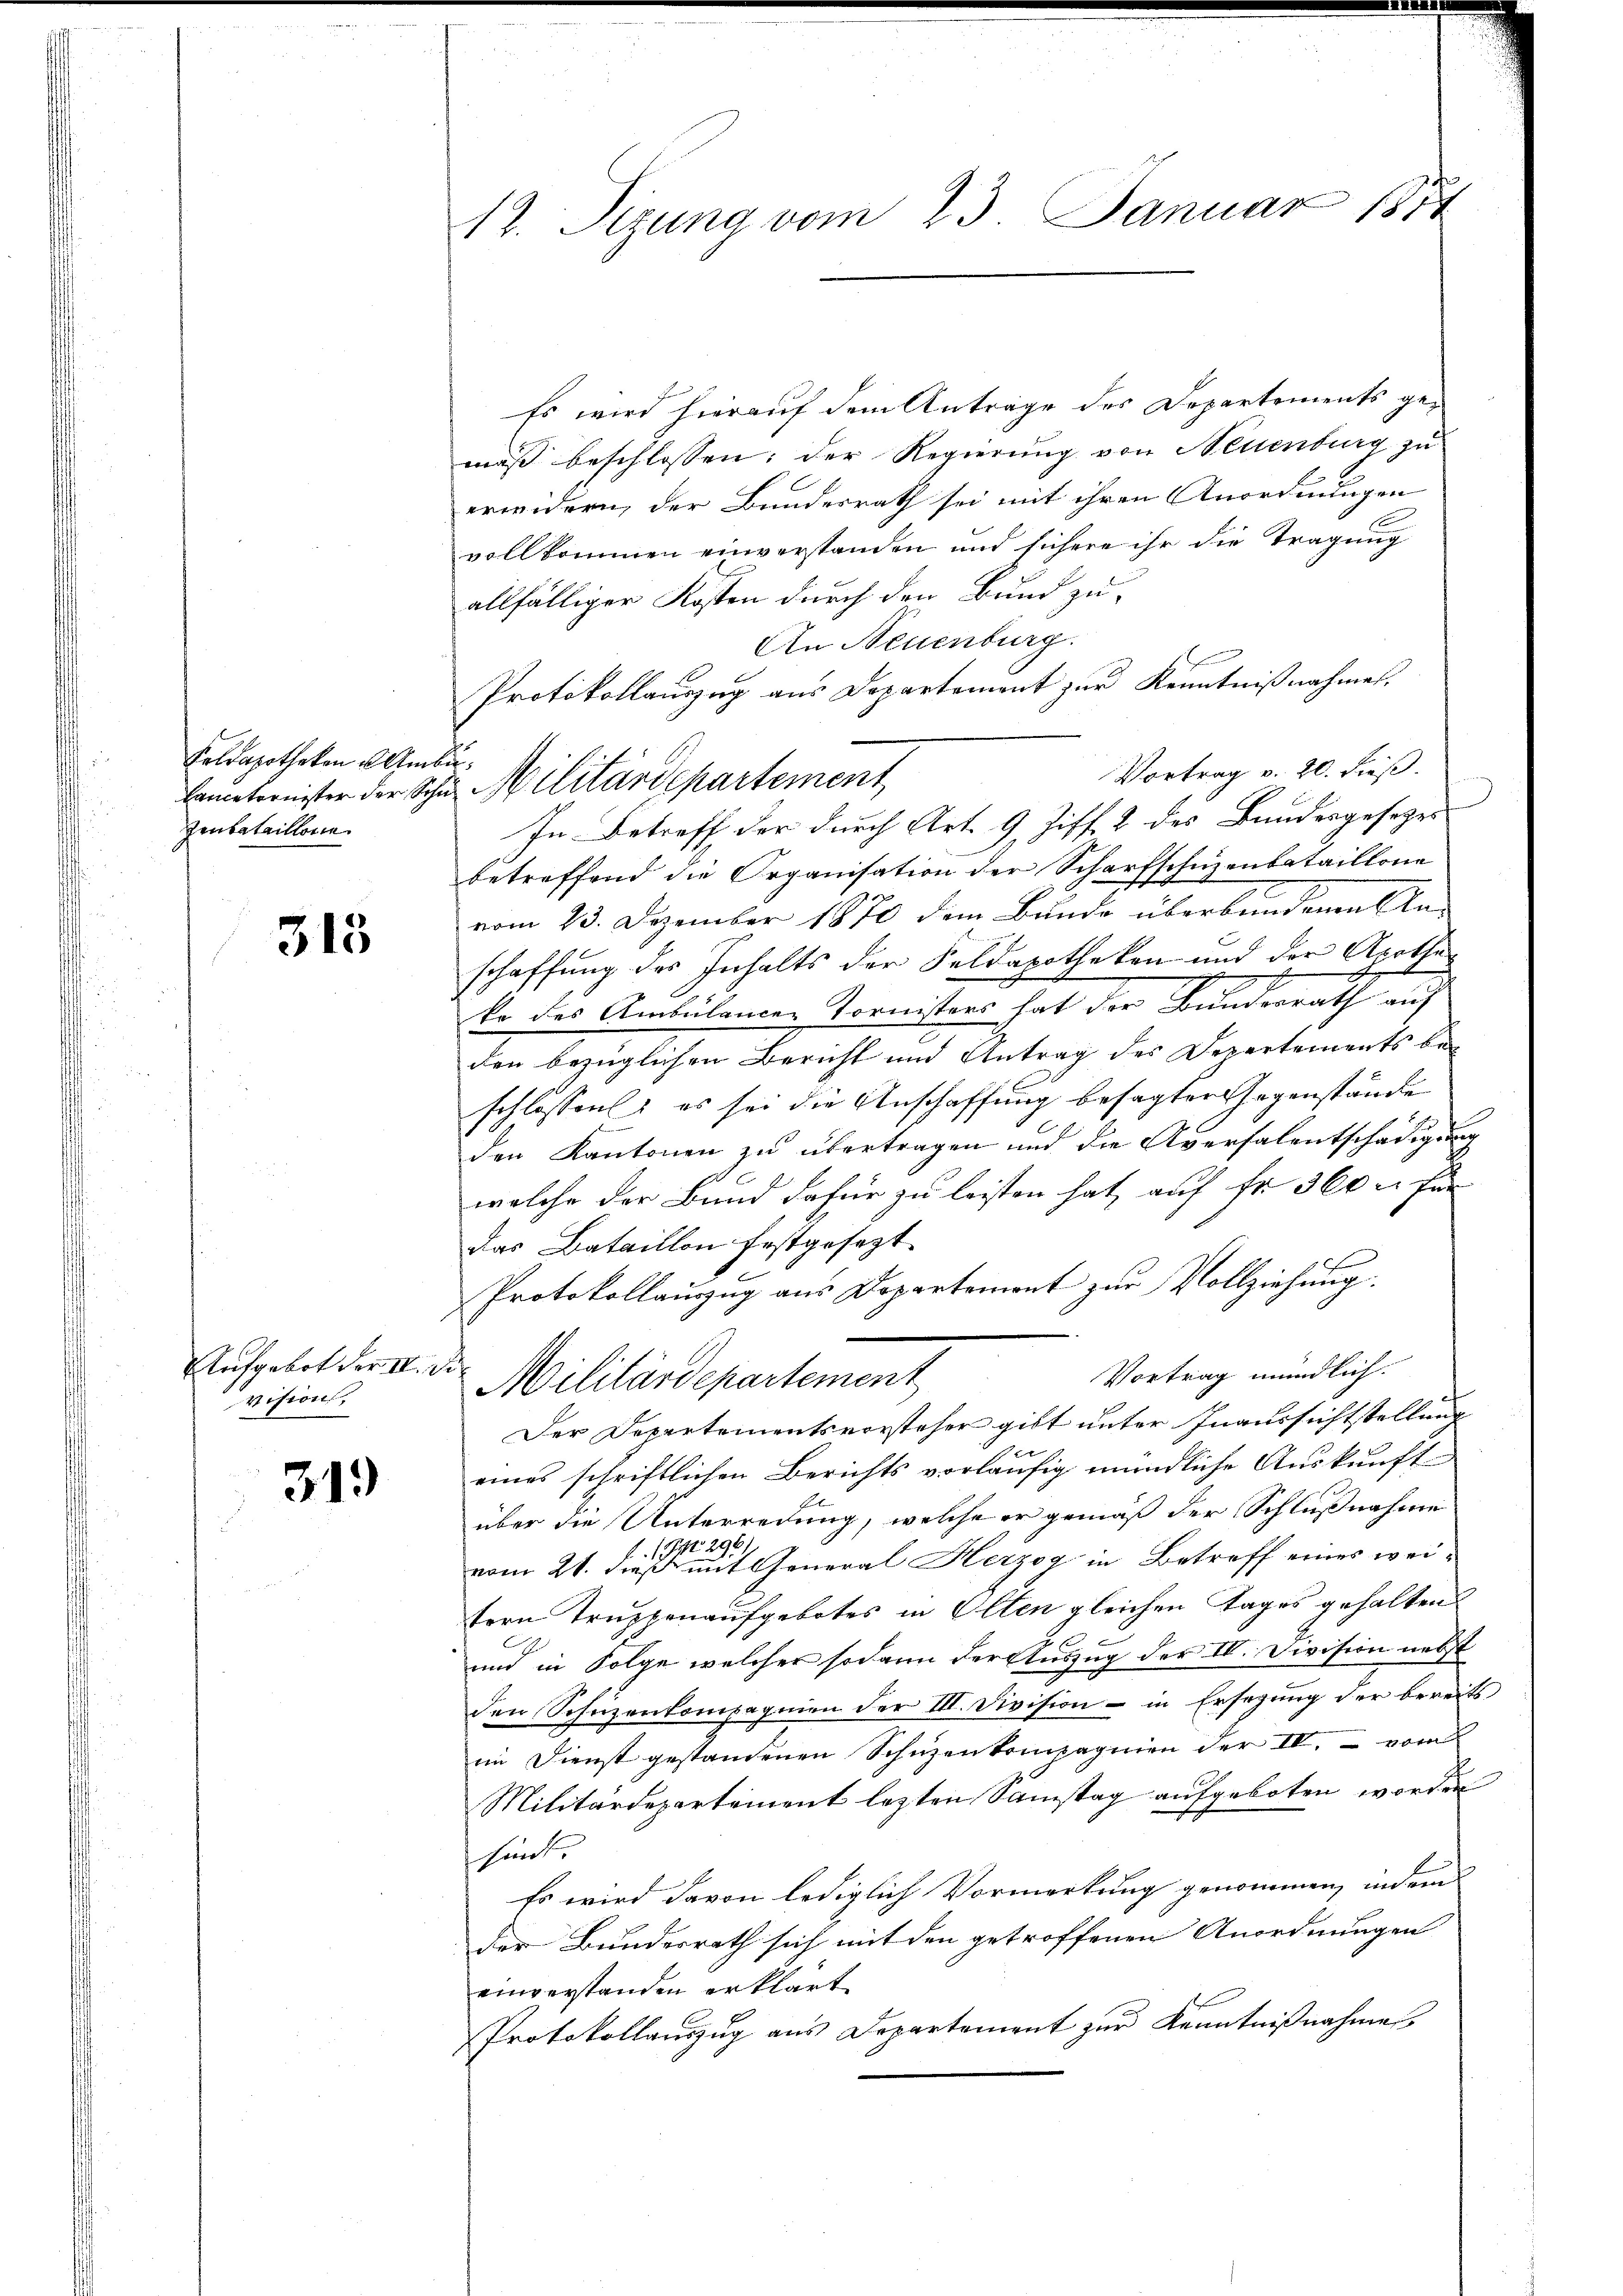
Feldapotheken Umbie¬
Zenbataillonie

315

Aufgebot der III. Der
vision,

313

12. Sizung vom 23. Januar 1874

Es wird hierauf dem Antrage des Departements gemäß beschlossen: der Regierung von Neuenburg zu
erindern, der Bundesrath sei mit ihren Anordnungen
vollkommen einverstanden und sichere ihr die Tragung
allfälliger Kosten durch den Bund zu-
An Neuenburg.
Vortrag v. 20. dieß.
In Betreff der durch Art. 9 Ziff. 2 des Bundesgesetzes
betreffend die Organisation der Scharfschuzenbataillone
vom 23. Dezember 1870 dem Bunde überbundenen An-
schaffung des Inhalts der Feldapotheken und der Apothe
ko des Ambulander Tornisters hat der Bundesrath auf
den bezüglichen Bericht und Antrag der Varestamente die
schlossen: es sei die Anschaffung besagter Gegenstände
den Kantonen zu übertragen und die Aversalentschädigung
2
welche der Bund dafür zu leisten hat, auf fr. 360 u. für
das Bataillon festgesezt.
Protokollauszug aus Departement zur Vollziehung.
Vortrag mündlich.
Militärdepartement
Der Departementsvorsteher gibt unter Inaussichtstellung
eines schriftlichen Berichts vorläufig mündliche Auskunft
über die Unterredung, welche er gemäß der Schlußnahme
92
1
vom 21. dieß mit General Herzog in Betreff eines weitern Truppenaufgebotes in Olten gleichen Tages gehalten
und in Folge welcher sodann der Auszug der IV. Division nebst
den Schuzenkompagnien der III. Division - in Ersezung der bereits
im Dienst gestandenen Schüzenkompagnien der III. vom
Militärdepartement lezten Samstag aufgeboten worden
sind.
Es wird davon lediglich Vormerkung genommen, indem
der Bundesrath sich mit den getroffenen Anordnungen
einverstanden erklärt
Protokollauszug aus Departement zur Kenntnißnahme

Protokollauszug aus Departement zur Kenntnißnahmen.
Lameternister der Schur Militärdepartement,